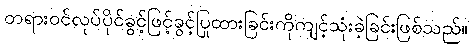
တရားဝင်လုပ်ပိုင်ခွင့်ဖြင့်ခွင့်ပြုထားခြင်းကိုကျင့်သုံးခဲ့ခြင်းဖြစ်သည်။